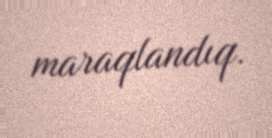
maraqlandıq.